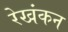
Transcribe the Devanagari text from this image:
रेखंकन